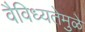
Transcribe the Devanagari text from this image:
वैविध्यतेमुळे